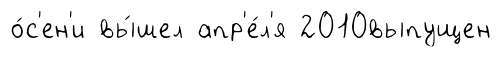
о́с'ен'и вы́шел апр'е́л'я 2010выпущен